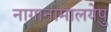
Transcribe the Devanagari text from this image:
नागानामालयेषु